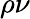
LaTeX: \rho\nu